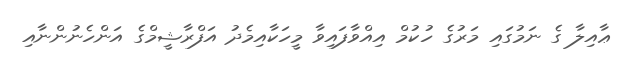
ޢާއިލާ ގެ ނަމުގައި މަރުގެ ހުކުމް އިއްވާފައިވާ މީހަކާއިމެދު އަފްރާޝީމްގެ އަންހެނުންނާއި